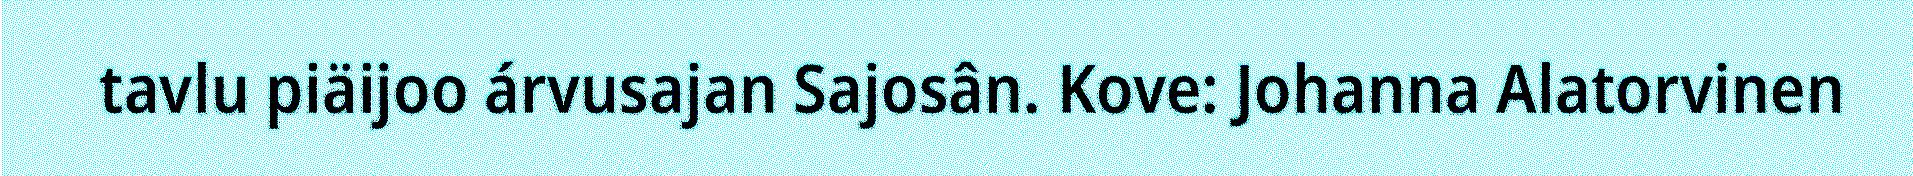
tavlu piäijoo árvusajan Sajosân. Kove: Johanna Alatorvinen